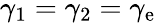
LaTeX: \gamma_{1}=\gamma_{2}=\gamma_{\mathrm{e}}